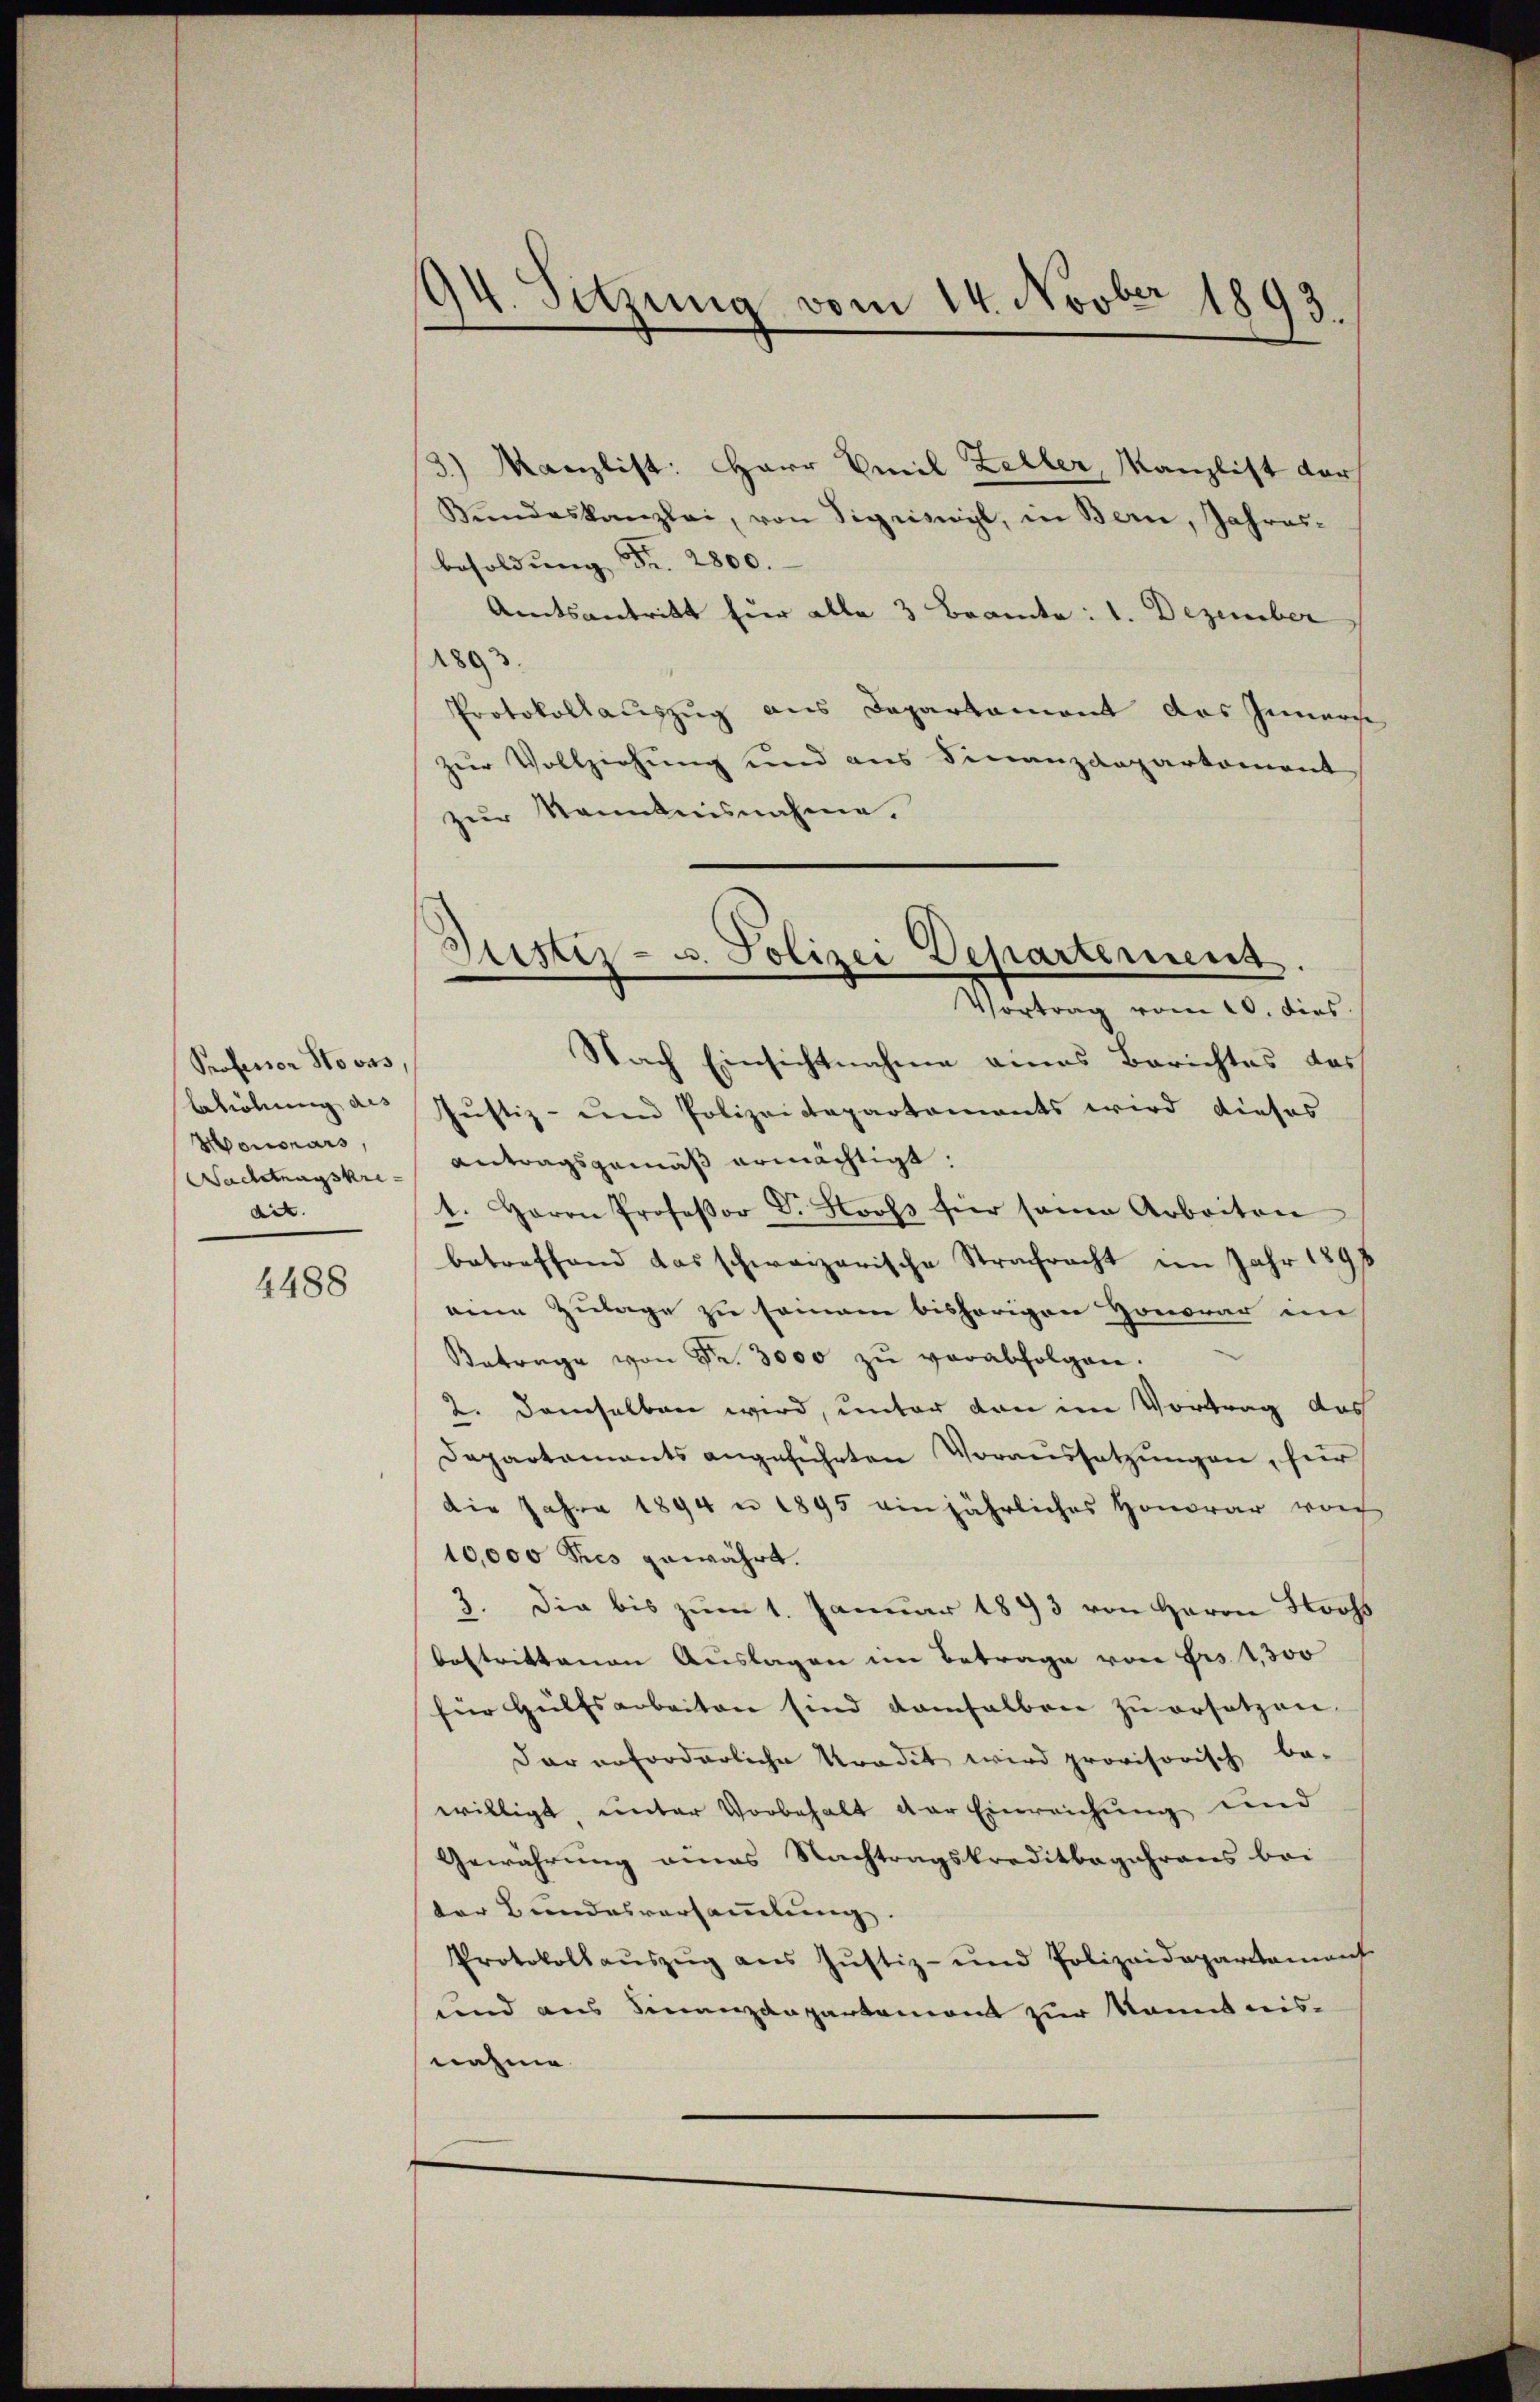
Professor Stovas,
bholung des
Honorars,
Wachtragskredet. |

4488

94. Sitzung vom 14. Novber 1893.

Justiz- u. Polizei Departement.
Vortrag vom 10. dies
Nach Einsichtnahme eines Berichtes das

3.) Kanzlist: Herr Emil Zeller, Kanzlist der
Bŭndeskanzlei, von Sigriswyl, in Bern, Jahres-
besoldŭng Fr. 2800.
Amtsantritt hier alle 3 Beamte: 1. Dezember
893.
Protokollauszug aus Departament das Innerse
zur Vollziehung und aus Finanzdepartement
zur Kenntnisnahme.
Justiz- und Polizeidepartaments wird dieses
Antragsgemäß ermächtigt:
1. Herrn Professor Dr. Stooss für seine Arbeiten
betreffend das schweizerische Strachracht im Jahr 1891
eine Zulage zu sammann bisherigen Honorar im
e
Betrage von Fr. 3000 zŭ verabfolgen.
2. demselben wird, unter den im Vortrag das
Departaments angeführten Voraussetzungen, für
die Jahre 1894 n 1895 einjährliches Honorar von
10,000 des gewährt.
3. Die bis zum 1. Januar 1893 von Herrn Stooss
bestrittenen Auslagen im Betrage von Frs. 1300
für Hülfsarbeiten sind demselben zu ersetzen.
dar anforderliche tradit wird provisorisch be-
willigt unter Vorbehalt der Einreichung und
Gewährung eines Nachtragskreditbegehrens bei
der Bundesversammlung.
Protokollauszeig aus Justiz- und Polizeidepartament
und aus Finanzdepartement zur kannt reisnahme